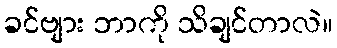
ခင်ဗျား ဘာကို သိချင်တာလဲ။